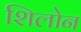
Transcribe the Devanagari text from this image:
शिलोन